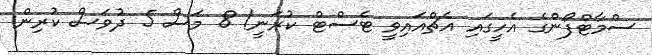
ސްމާޓްފޯންގެ އެހީގައި އެޗްއައިވީ ޓެސްޓް ކުރަނީ! 8 މަސް 5 ދުވަސް ކުރިން